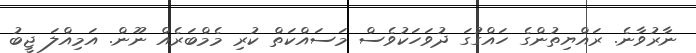
ނާރުވާނެ. ރައްޔިތުންގެ ހައްގުގަ ދުވަހަކުވެސް މަސައްކަތް ކުރި މެމްބަރެއް ނޫން. އަމިއްލަ ޖީބު